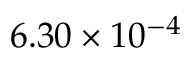
6 . 3 0 \times 1 0 ^ { - 4 }